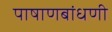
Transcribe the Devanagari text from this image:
पाषाणबांधणी